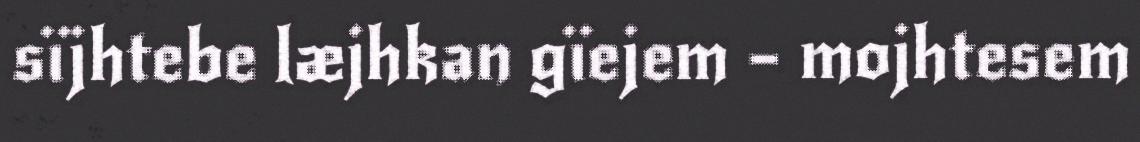
sïjhtebe læjhkan gïejem – mojhtesem